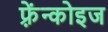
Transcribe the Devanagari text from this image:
फ़्रेंन्कोइज